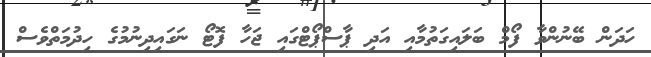
ހަދަން ބޭނުންވާ ފޯމް ބަލައިގަތުމާއި އަދި ޕާސްޕޯޓްގައި ޖަހާ ފޮޓޯ ނަގައިދިނުމުގެ ހިދުމަތްވެސް